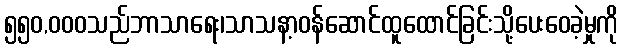
၅၅၀,၀၀၀သည်ဘာသာရေး၊သာသနာ့ဝန်ဆောင်ထူထောင်ခြင်းသို့ပေးဝေခဲ့မှုကို